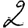
Digit: 2